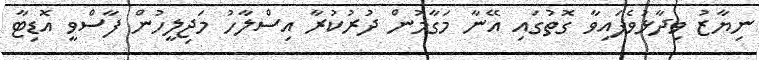
ނިޔާޒު ވިދާޅުވެފައިވާ ގޮތުގައި އޭނާ މަގާމުން ދުރުކުރާ އިސްލާހު މަޖިލީހުން ފާސްވީ އޮޑިޓާ